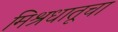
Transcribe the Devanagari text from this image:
मिश्रधातूचा